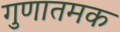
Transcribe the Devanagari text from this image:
गुणातमक